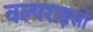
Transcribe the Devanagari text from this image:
वल्पराइसो